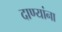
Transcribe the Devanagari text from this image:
दाण्यांना